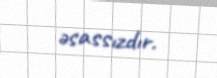
əsassızdır.